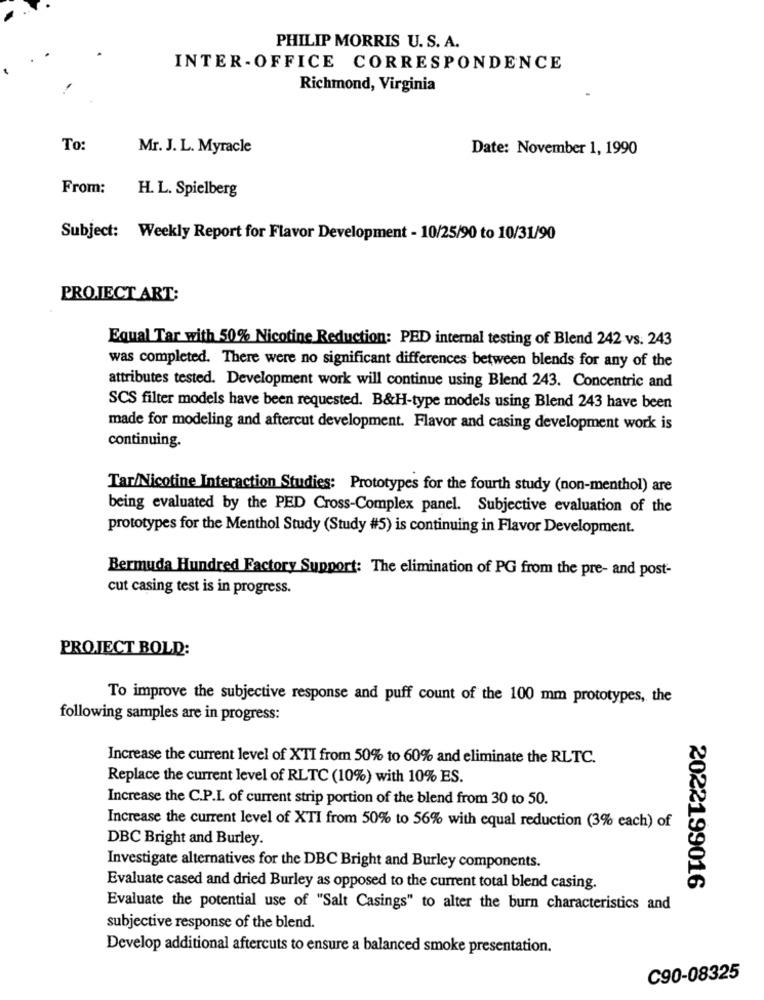
PHILIP MORRIS U. S. A.
INTER-OFFICE CORRESPONDENCE
Richmond, Virginia
To:
Mr. J. L. Myracle
Date: November 1, 1990
From:
H. L. Spielberg
Subject: Weekly Report for Flavor Development - 10/25/90 to 10/31/90
PROJECT ART:
Equal Tar with 50% Nicotine Reduction: PED internal testing of Blend 242 vs. 243
was completed. There were no significant differences between blends for any of the
attributes tested. Development work will continue using Blend 243. Concentric and
SCS filter models have been requested. B&H-type models using Blend 243 have been
made for modeling and aftercut development. Flavor and casing development work is
continuing.
Tar/Nicotine Interaction Studies: Prototypes for the fourth study (non-menthol) are
being evaluated by the PED Cross-Complex panel. Subjective evaluation of the
prototypes for the Menthol Study (Study #5) is continuing in Flavor Development.
Bermuda Hundred Factory Support: The elimination of PG from the pre- and post-
cut casing test is in progress.
PROJECT BOLD:
To improve the subjective response and puff count of the 100 mm prototypes, the
following samples are in progress:
Increase the current level of XTI from 50% to 60% and eliminate the RLTC.
Replace the current level of RLTC (10%) with 10% ES.
Increase the C.P.I. of current strip portion of the blend from 30 to 50.
Increase the current level of XTI from 50% to 56% with equal reduction (3% each) of
DBC Bright and Burley.
Investigate alternatives for the DBC Bright and Burley components.
Evaluate cased and dried Burley as opposed to the current total blend casing.
2022199016
Evaluate the potential use of "Salt Casings" to alter the burn characteristics and
subjective response of the blend.
Develop additional aftercuts to ensure a balanced smoke presentation.
C90-08325